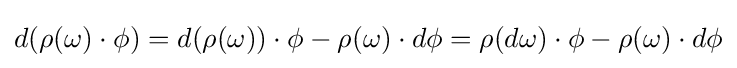
d(\rho (\omega )\cdot \phi )=d(\rho (\omega ))\cdot \phi -\rho (\omega )\cdot d\phi =\rho (d\omega )\cdot \phi -\rho (\omega )\cdot d\phi